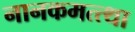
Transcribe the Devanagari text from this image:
नानकमत्त्था